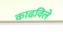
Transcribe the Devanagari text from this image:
काढविले